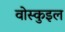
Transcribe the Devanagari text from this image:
वोस्कुइल